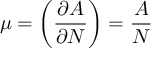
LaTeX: \mu = \biggl ( { \frac { \partial A } { \partial N } } \biggr ) = { \frac { A } { N } }